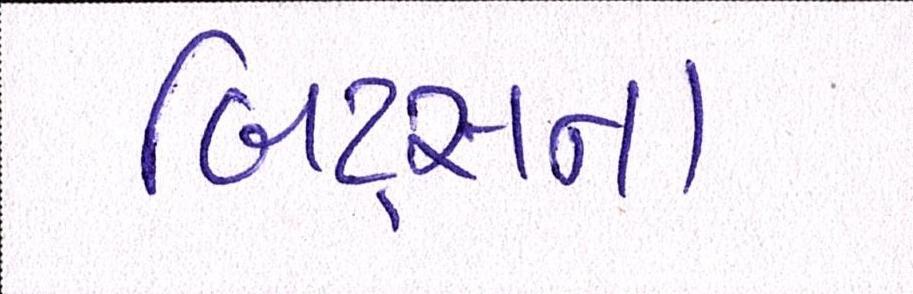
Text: બિટ્સના